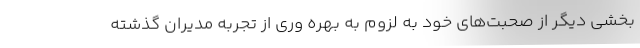
بخشی دیگر از صحبت‌های خود به لزوم به بهره وری از تجربه مدیران گذشته